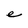
Character: e